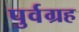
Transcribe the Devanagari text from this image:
पुर्वग्रह